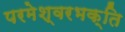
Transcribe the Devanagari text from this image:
परमेश्वरभक्ति